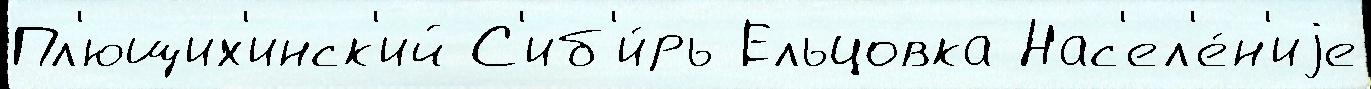
Пл'ющих'инск'ий С'иб'и́рь Ельцовка Нас'ел'е́н'иjе